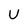
Character: U